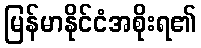
မြန်မာနိုင်ငံအစိုးရ၏